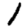
Digit: 1